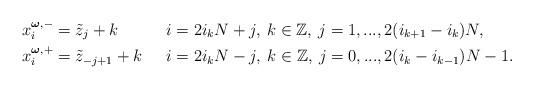
LaTeX: \begin{align*} x^{\boldsymbol{\omega},-}_i&=\tilde{z}_j+k & i&=2i_kN+j, \: k\in \mathbb{Z}, \: j=1,...,2(i_{k+1}-i_k)N, \\ x^{\boldsymbol{\omega},+}_i&=\tilde{z}_{-j+1}+k & i&=2i_kN-j, \: k\in \mathbb{Z}, \: j=0,...,2(i_k-i_{k-1})N-1.\end{align*}